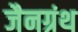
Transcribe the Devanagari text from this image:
जैनग्रंथ